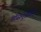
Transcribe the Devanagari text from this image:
ऑसमुडेसिई